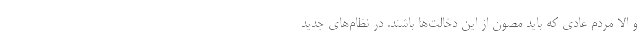
و الا مردم عادی که باید مصون از این دخالت‌ها باشند. در نظام‌های جدید